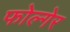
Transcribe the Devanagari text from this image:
फोल्गेर